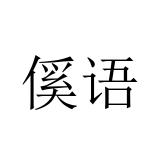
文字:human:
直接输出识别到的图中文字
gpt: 傒语